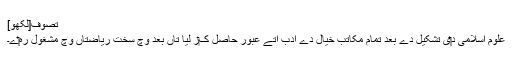
تصوف[لکھو]
علوم اسلامی د‏‏ی تشکیل دے بعد تمام مکاتب خیال دے ادب اُتے عبور حاصل ک‏ر ليا تاں بعد وچ سخت ریاضتاں وچ مشغول رہ‏‏ے۔